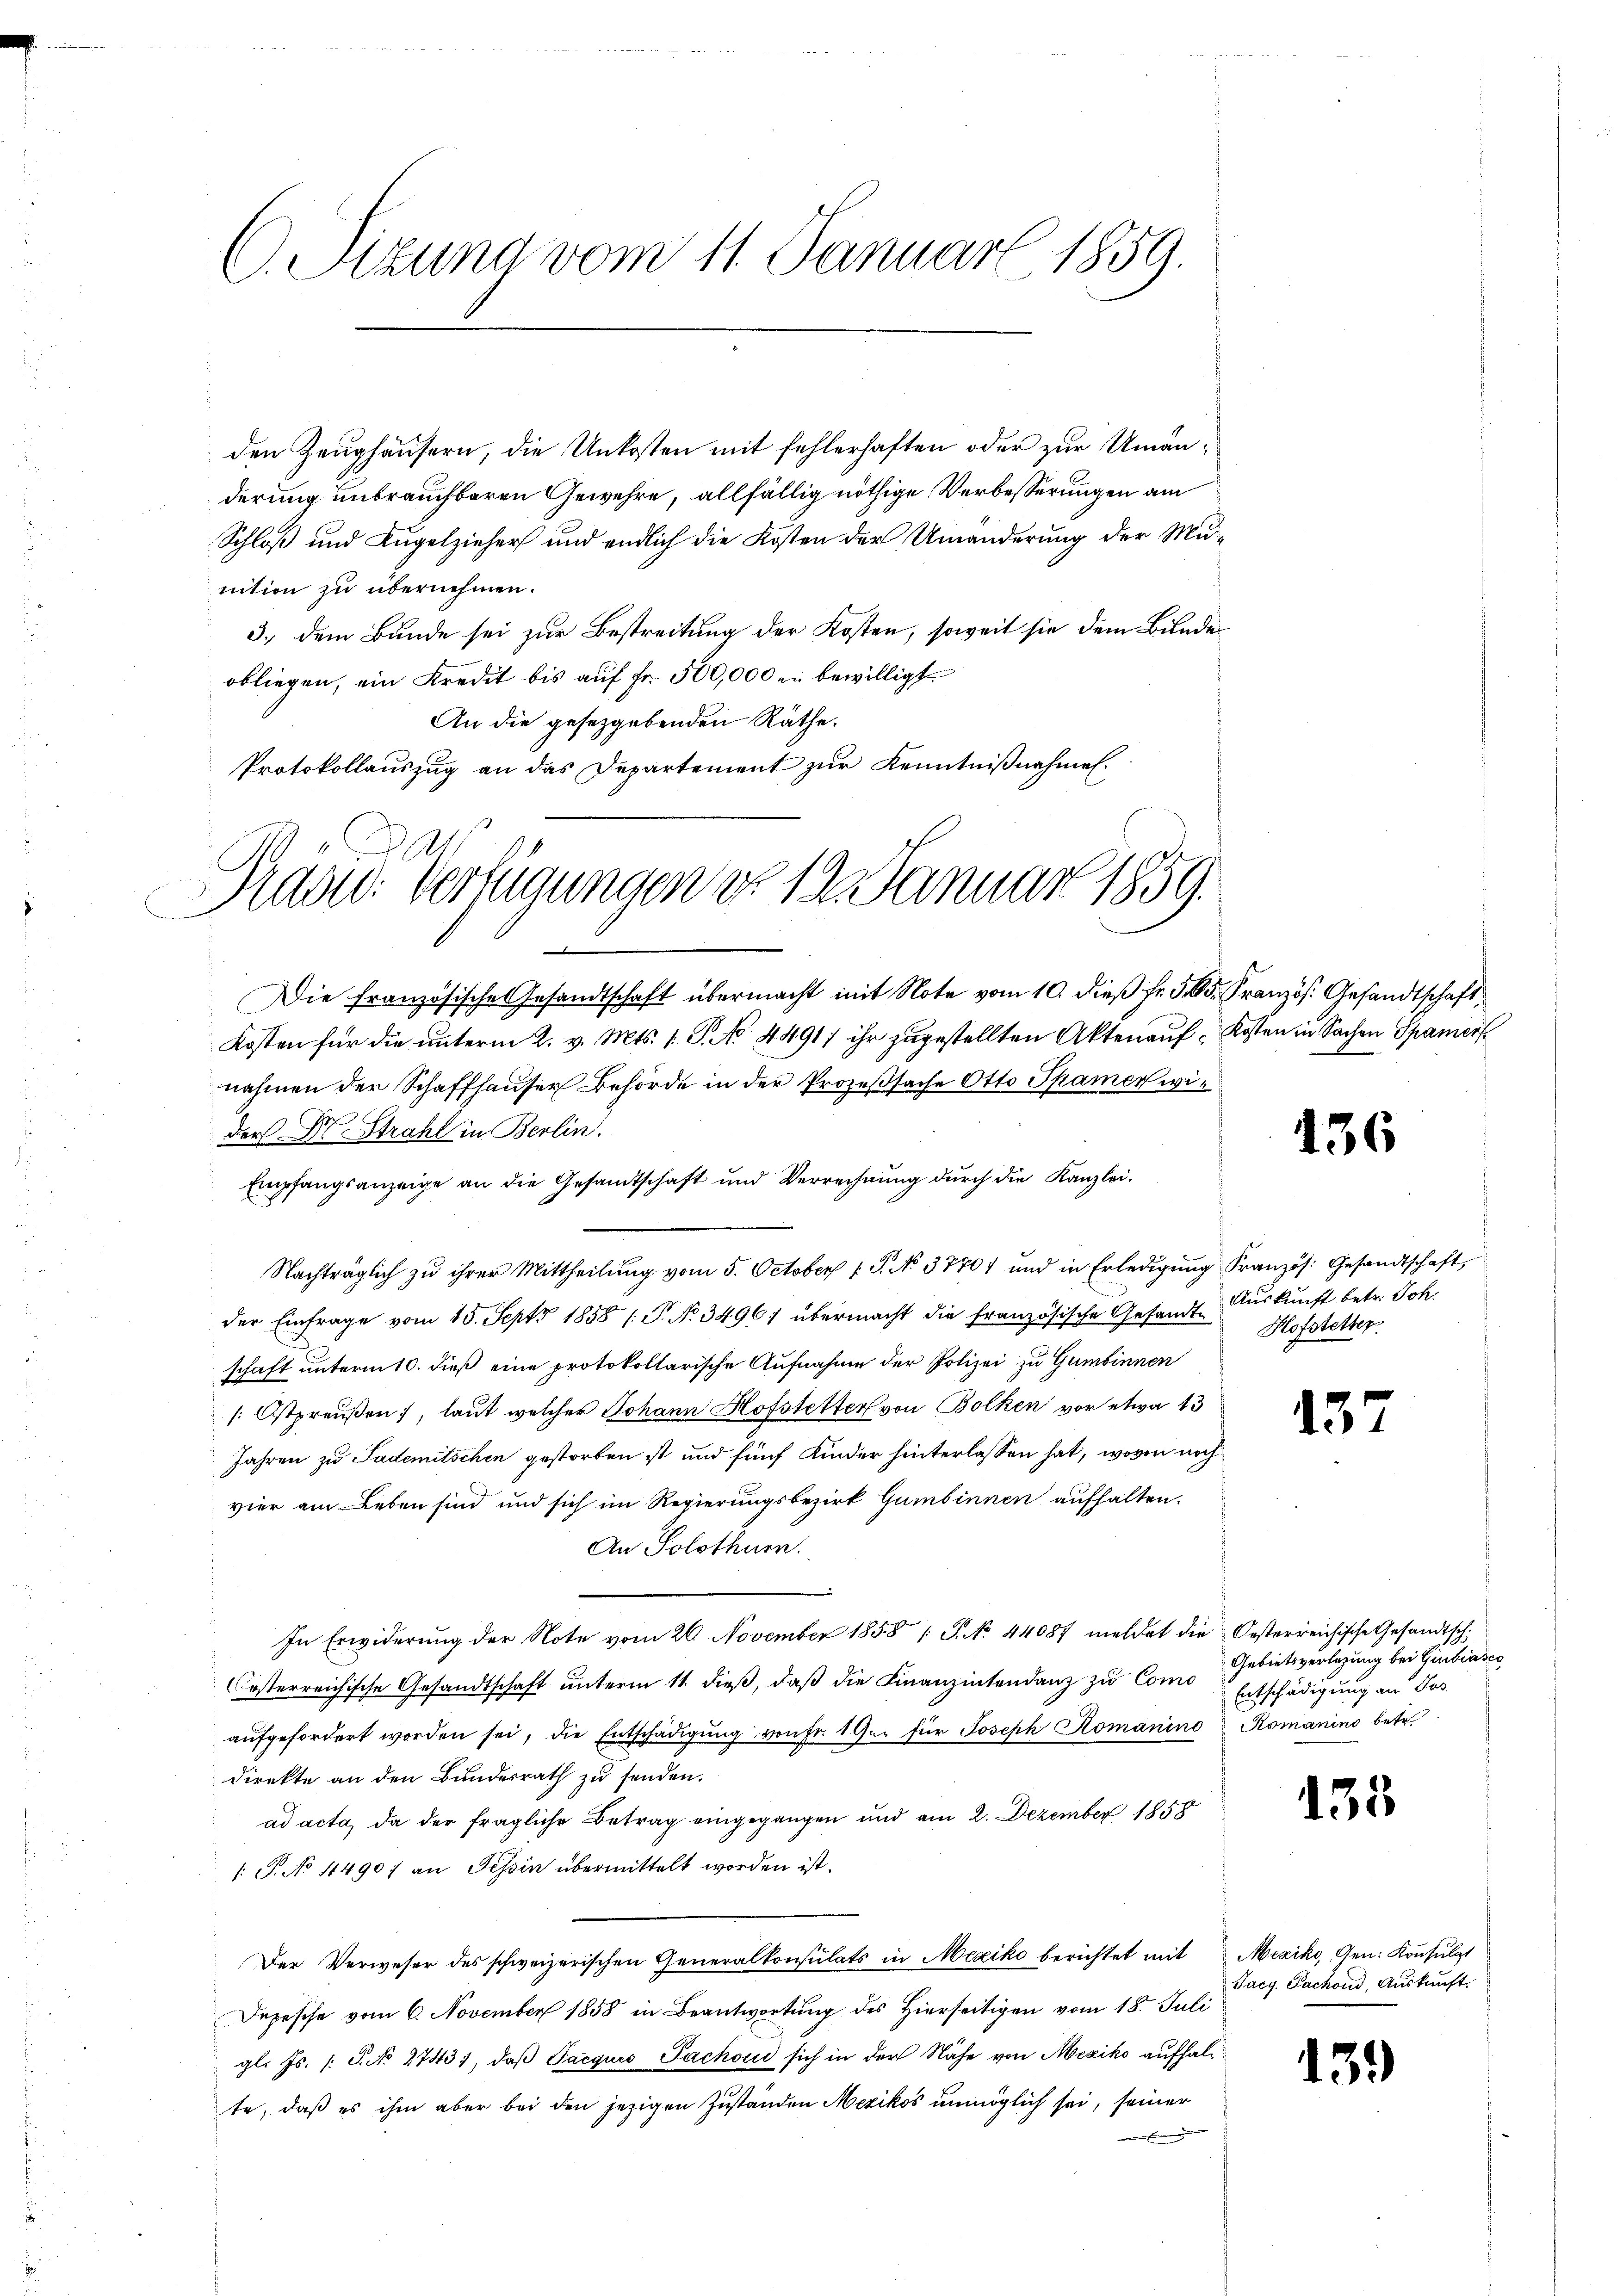
C. Sizung vom 11. Januar 1859.

den Zeughäusern, die Unkosten mit fehlerhaften oder zur Umanderung unbrauchbaren Gewehre, allfällig nöthige Verbesserungen am
Schloß und Kugelzieher und endlich die Kosten der Umänderung der Munition zu übernehmen.
3., dem Bunde sei zur Bestreitung der Kosten, soweit sie dem Bunde
obliegen, ein Kredit bis auf Fr. 500,000 en bewilligt.
An die gesetzgebenden Räthe.
Protokollauszug an das Departement zŭr Kenntniβnahmen.

Brand: Verfügungen do 12. Januar 1859.

Die französische Gesandtschaft übermacht mit Note vom 10. dieβ fr. 50. Französ. Gesandtschaft,
Kosten für die unterm 2. v. Mts. 1. G. No. 4491) ihr zugestellten Akten auf Kosten in Sachen Spamer
nahmen der Schaffhauser Behörde in der Prozeßsache Otto Spamer wider Dr Strahl in Berlin
Empfangsanzeige an die Gesandtschaft und Verrechnung durch die Kanzlei-
Nachträglich zu ihrer Mittheilŭng vom 5. October 1 S. No. 3770 und in Erledigŭng Französ. Gesandtschaft
der Einfrage vom 15. Sept 1858 / P. Nr. 3496) übermacht die französische Gesandt Auskunft betr. Joh.
schaft unterm 10. dieß eine protokollarische Aufnahme der Polizei zu Gumbinnen
[: Ostpreußen, laut welcher Johann Hofstetter von Bolken vor etwa 13
Jahren zu Pademitschen gestorben ist und fünf Kinder hinterlassen hat, wovon noch
vier am Leben sind und sich im Regierungsbezirk Gumbinnen aufhalten.
An Solothurn.
In Erwiderŭng der Note vom 26. November 1858 / P. No. 44087 meldet die Oesterreichische Gesandtsch
esterreichische Gesandtschaft unterm 11. dieß, daß die Finanzintendanz zu Como
aŭfgefordert worden sei, die Entschädigŭng von fr. 1 Gar für Joseph Romanino Romanino betr.
direkte an den Bundesrath zu senden.
ad acta, da der fragliche Betrag eingegangen und am 2. Dezember 1858
/. J. No 4490) an Tessin übermittelt worden ist.
Der Verweser des schweizerischen Generalkonsulats in Mexiko berichtet mit Mexiko, Gen. Konsulat
Depesche vom 6. November 1858 in Beantwortung des hierseitigen vom 18. Juli
gl. Js. /: P. No 27431, daβ Pacquis Fachoud sich in der Nähe von Mexiko aufhalte, daß es ihm aber bei den jezigen Zuständen Mexikos unmöglich sei, seiner
u

436

Hofstetter.

137

Gebietsverlegung bei Giubiasco
Entschädigung an Jos.

135

Tacg. Pachoud, Auskauft.

13.)